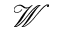
\mathcal W